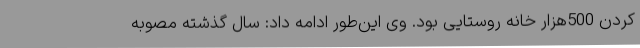
کردن 500هزار خانه روستایی بود. وی این‌طور ادامه داد: سال گذشته مصوبه